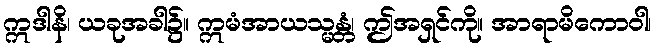
ဣဒါနိ၊ ယခုအခါ၌။ ဣမံအာယသ္မန္တံ၊ ဤအရှင်ကို။ အာရာမိကောဝါ၊